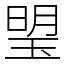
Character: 琞